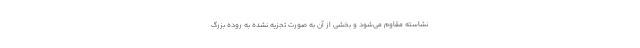
نشاسته مقاوم می‌شود و بخشی از آن به صورت تجزیه نشده به روده بزرگ